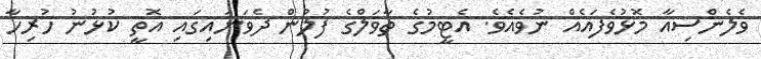
ވެލެންސިއާ މޮޅުވެފައެއް ނުވެއެވެ. އެޓީމުގެ ތާވަލްގެ ފުލުން ދެވަނައިގައި އޮތީ ކުޅުނު ހުރިހާ